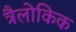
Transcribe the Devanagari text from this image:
त्रैलोकिक